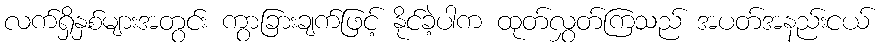
လက်ရှိနှစ်များအတွင်း ကွာခြားချက်ဖြင့် နိုင်ခဲ့ပါက ထုတ်လွှတ်ကြသည် အပတ်အနည်းငယ်